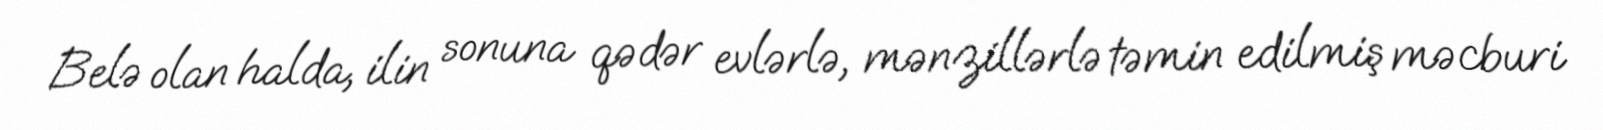
Belə olan halda, ilin sonuna qədər evlərlə, mənzillərlə təmin edilmiş məcburi